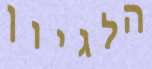
הלגיון